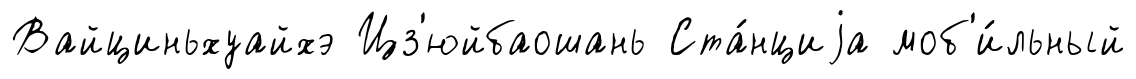
Вайциньхуайхэ Цз'юйбаошань Ста́нциjа моб'и́льный